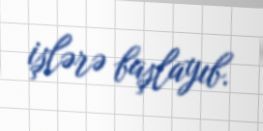
işlərə başlayıb.